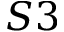
S 3